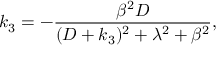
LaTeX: k _ { 3 } = - \frac { \beta ^ { 2 } D } { ( D + k _ { 3 } ) ^ { 2 } + \lambda ^ { 2 } + \beta ^ { 2 } } ,